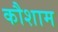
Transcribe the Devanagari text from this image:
कौशाम